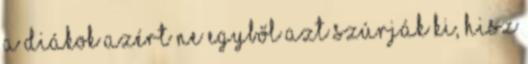
a diákok azért ne egyből azt szúrják ki, hisz